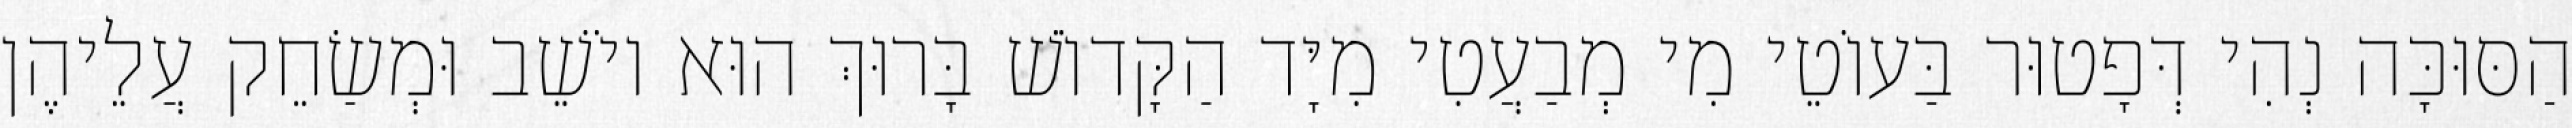
הַסּוּכָּה נְהִי דְּפָטוּר בַּעוֹטֵי מִי מְבַעֲטִי מִיָּד הַקָּדוֹשׁ בָּרוּךְ הוּא יוֹשֵׁב וּמְשַׂחֵק עֲלֵיהֶן